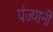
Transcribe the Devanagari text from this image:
पंज्यानी